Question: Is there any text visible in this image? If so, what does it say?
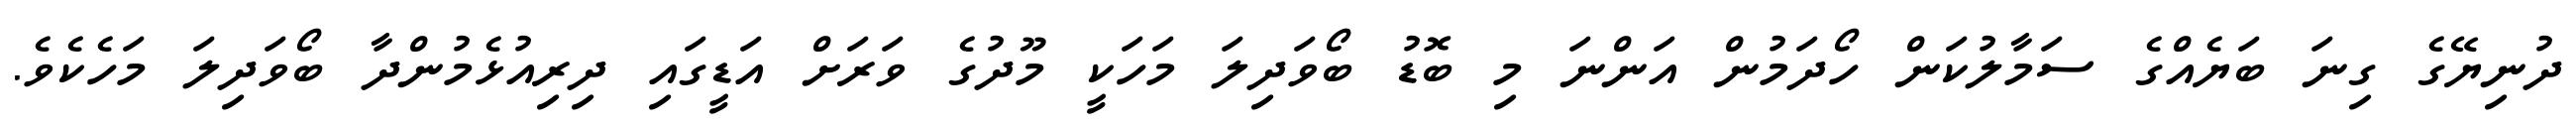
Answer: ދުނިޔޭގެ ގިނަ ބަޔެއްގެ ސަމާލުކަން ހޯދަމުން އަންނަ މި ބޮޑު ބޯވަދިލަ މަހަކީ މޫދުގެ ވަރަށް އަޑީގައި ދިރިއުޅެމުންދާ ބޯވަދިލަ މަހެކެވެ.